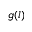
g ( l )